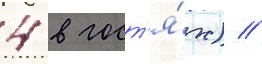
4 в гост'я́х) //